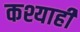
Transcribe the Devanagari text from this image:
कश्याही